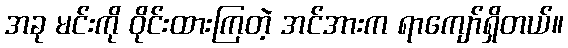
အခု မင်းကို ဝိုင်းထားကြတဲ့ အင်အားက ရာကျော်ရှိတယ်။